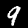
Label: 9